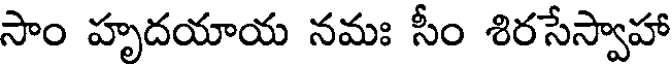
సాం హృదయాయ నమః సీం శిరసేస్వాహా